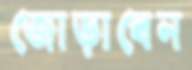
জোড়াবেন